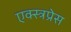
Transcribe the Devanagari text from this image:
एक्स्त्रप्रेस